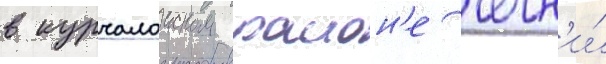
в курчалоиском раион'е чечн'и́